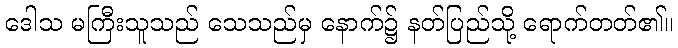
ဒေါသ မကြီးသူသည် သေသည်မှ နောက်၌ နတ်ပြည်သို့ ရောက်တတ်၏။